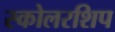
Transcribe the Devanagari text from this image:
स्कोलरशिप